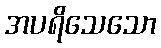
အပရိသေသော